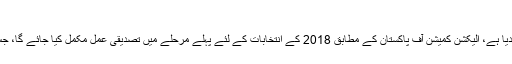
انتخابی فہرستوں پر نظرثانی
15جنوری سے الیکشن کمیشن نے 2018 کےلئے انتخابی فہرستوں پر نظرثانی کا آغازکر دیا ہے، الیکشن کمیشن آف پاکستان کے مطابق 2018 کے انتخابات کے لئے پہلے مرحلے میں تصدیقی عمل مکمل کیا جائے گا، جس کے دوران رائے دہندگان انتخابی فہرستوں میں اندراج، منتقلی یا درستگی کروا سکیں گے۔